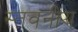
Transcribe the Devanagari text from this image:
स्तवनीय